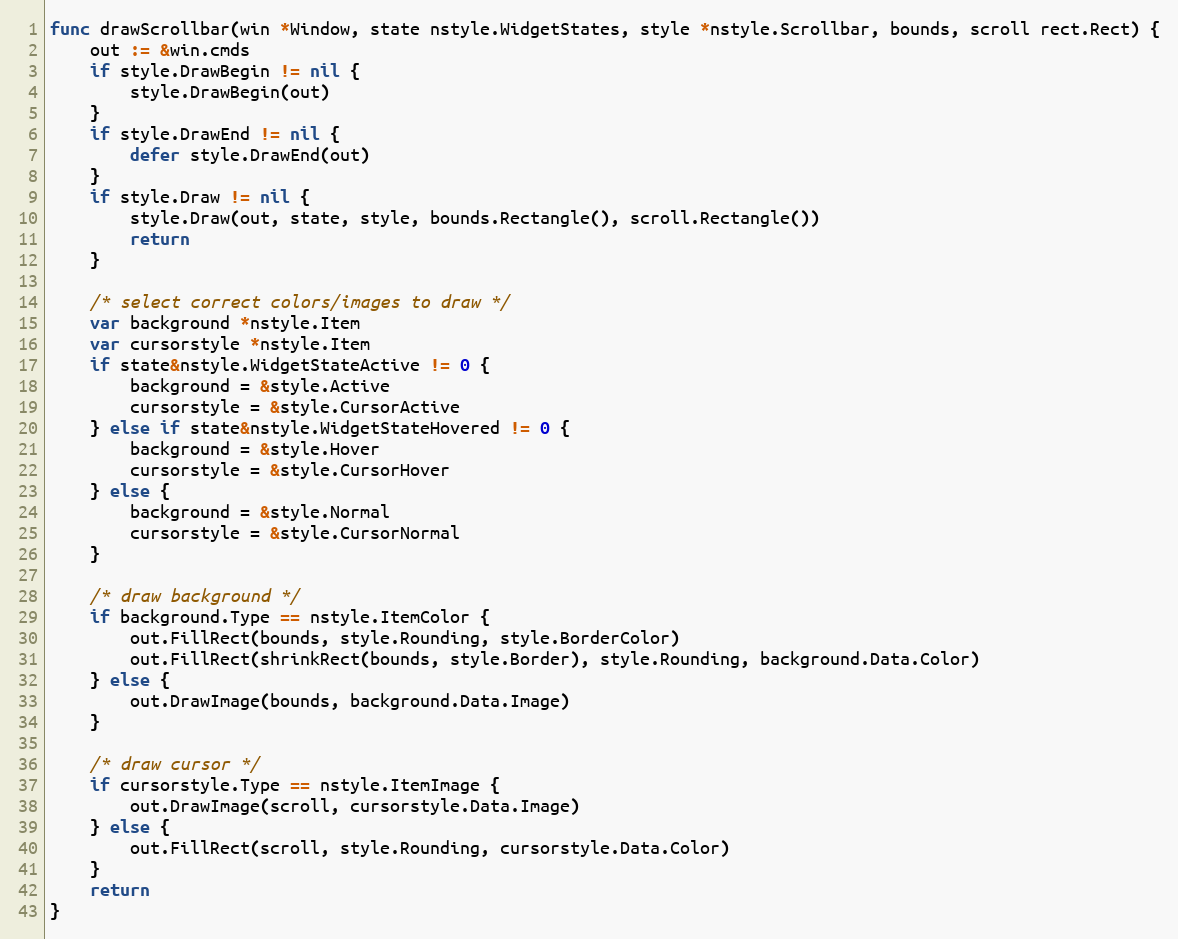
Language: Go
func drawScrollbar(win *Window, state nstyle.WidgetStates, style *nstyle.Scrollbar, bounds, scroll rect.Rect) {
	out := &win.cmds
	if style.DrawBegin != nil {
		style.DrawBegin(out)
	}
	if style.DrawEnd != nil {
		defer style.DrawEnd(out)
	}
	if style.Draw != nil {
		style.Draw(out, state, style, bounds.Rectangle(), scroll.Rectangle())
		return
	}

	/* select correct colors/images to draw */
	var background *nstyle.Item
	var cursorstyle *nstyle.Item
	if state&nstyle.WidgetStateActive != 0 {
		background = &style.Active
		cursorstyle = &style.CursorActive
	} else if state&nstyle.WidgetStateHovered != 0 {
		background = &style.Hover
		cursorstyle = &style.CursorHover
	} else {
		background = &style.Normal
		cursorstyle = &style.CursorNormal
	}

	/* draw background */
	if background.Type == nstyle.ItemColor {
		out.FillRect(bounds, style.Rounding, style.BorderColor)
		out.FillRect(shrinkRect(bounds, style.Border), style.Rounding, background.Data.Color)
	} else {
		out.DrawImage(bounds, background.Data.Image)
	}

	/* draw cursor */
	if cursorstyle.Type == nstyle.ItemImage {
		out.DrawImage(scroll, cursorstyle.Data.Image)
	} else {
		out.FillRect(scroll, style.Rounding, cursorstyle.Data.Color)
	}
	return
}